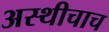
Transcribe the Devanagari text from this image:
अस्थीचाच